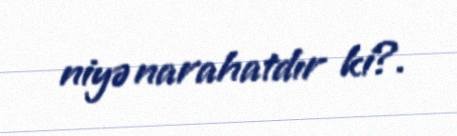
niyə narahatdır ki?.